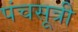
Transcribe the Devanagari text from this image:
पंचसूत्री